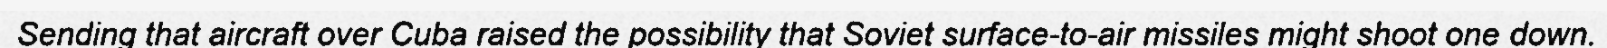
Sending that aircraft over Cuba raised the possibility that Soviet surface-to-air missiles might shoot one down.